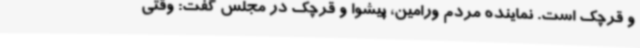
و قرچک است. نماینده مردم ورامین‌، پیشوا و قرچک در مجلس ‌گفت: وقتی